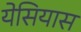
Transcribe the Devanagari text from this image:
येसियास